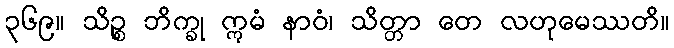
၃၆၉။ သိဉ္စ ဘိက္ခု ဣမံ နာဝံ၊ သိတ္တာ တေ လဟုမေဿတိ။